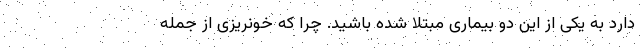
دارد به یکی از این دو بیماری مبتلا شده باشید. چرا که خونریزی از جمله